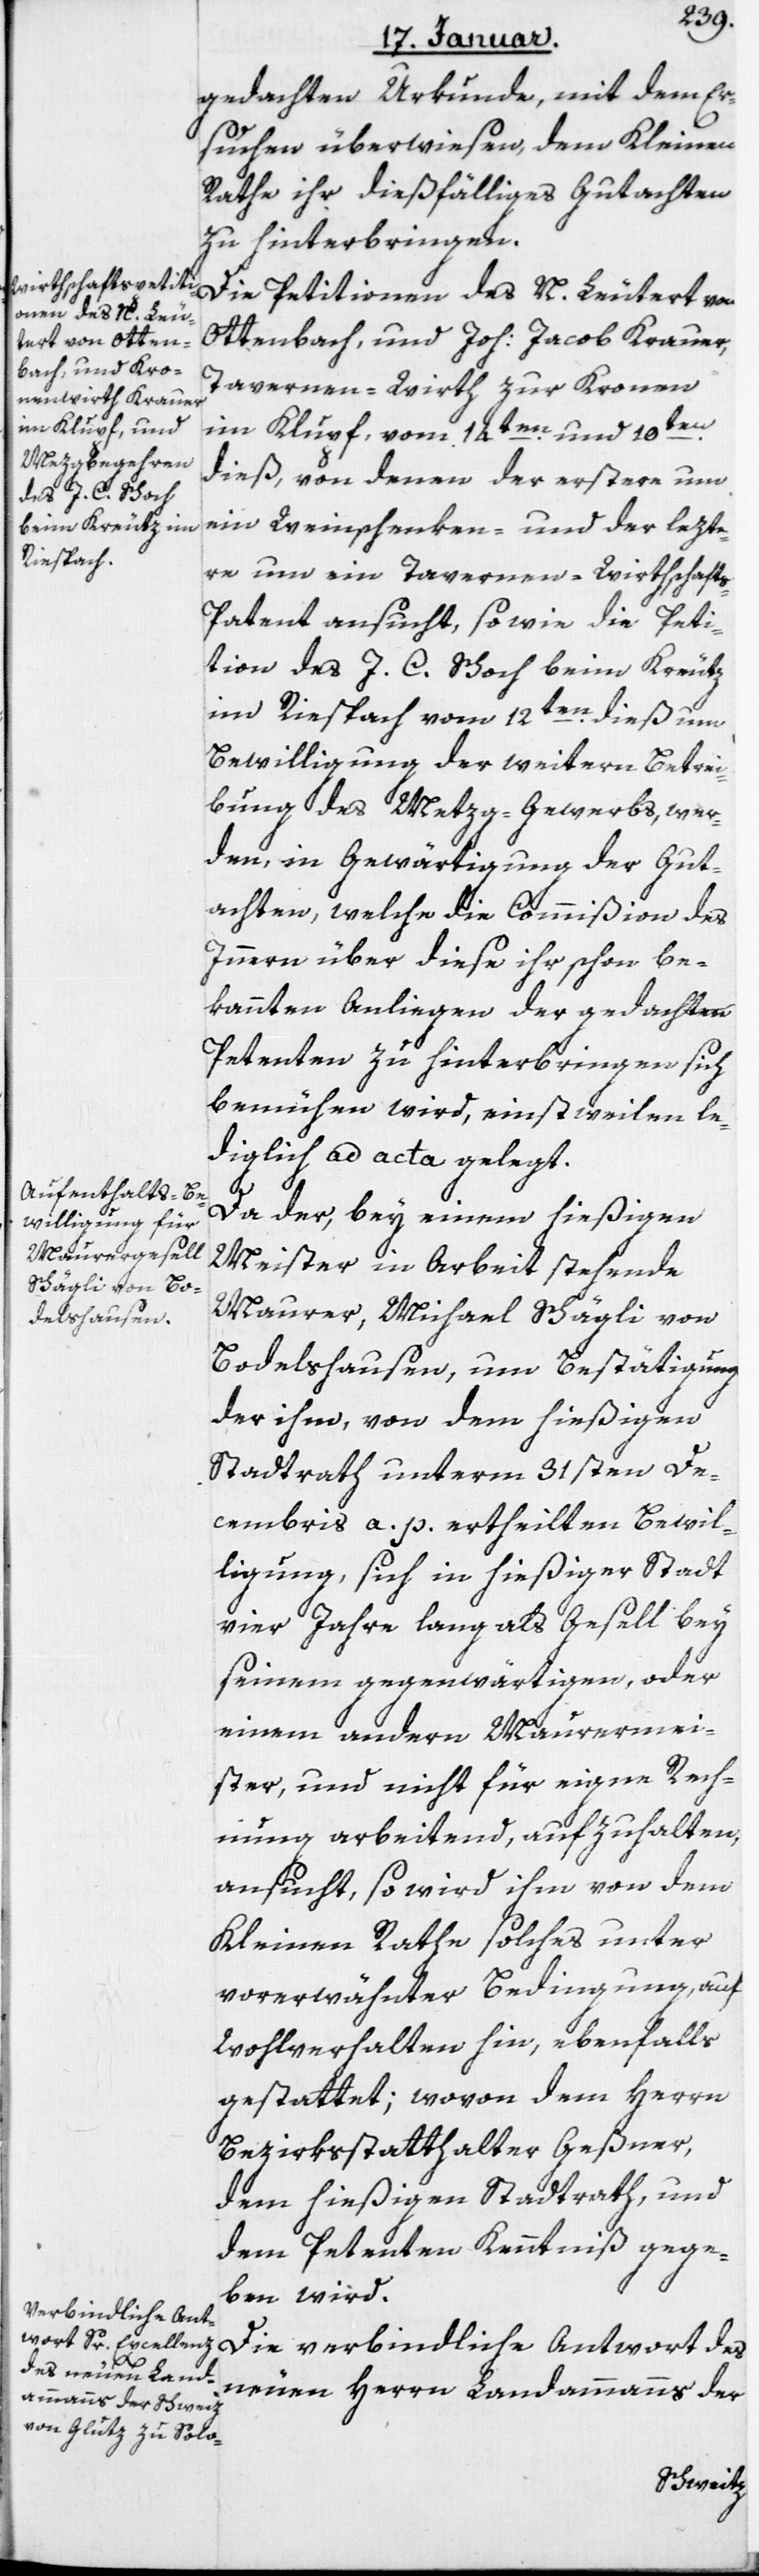
gedachten Urkunde, mit dem Er¬
suchen überwiesen, dem Kleinen
Rathe ihr dießfälliges Gutachten
zu hinterbringen.
Die Petitionen des N. Leutert von
Ottenbach; und Joh. Jacob Krauer,
Tavernenwirth zur Kronen
im Klupf, vom 14ten und 10ten
dieß, von denen der Erstere um
ein Weinschenken- und der lezt¬
re um ein Tavernenwirthschaft¬
s-Patent ansucht, sowie die Peti¬
tion des J. C. Schoch beym Kreuz
im Riespach vom 12ten dieß um
Bewilligung der weitern Betrei¬
bung des Metzg-Gewerbs, wer¬
den, in Gewärtigung der Gut¬
achten, welche die Commißion des
Innern über diese ihr schon be¬
kannten Anliegen der gedachten
Petenten zu hinterbringen sich
bemühen wird, einstweilen le¬
diglich ad acta gelegt.
Da der, bey einem hießigen
Meister in Arbeit stehende
Maurer, Michael Schägli von
Bodelshausen, um Bestätigung
der ihm, von dem hießigen
Stadtrath unterm 31sten De¬
cembris a. p. ertheilten Bewil¬
ligung, sich in hießiger Stadt
vier Jahre lang als Gesell bey
seinem gegenwärtigen oder
einem andern Maurermei¬
ster, und nicht für eigne Rech¬
nung arbeitend, aufzuhalten
ansucht, so wird ihm von dem
Kleinen Rathe solches unter
vorerwähnter Bedingung, auf
Wohlverhalten hin, ebenfalls
gestattet; wovon dem Herrn
Bezirksstatthalter Geßner,
dem hießigen Stadtrath und
dem Petenten Kenntniß gege¬
ben wird.
Die verbindliche Antwort des
neuen Herrn Landammanns der